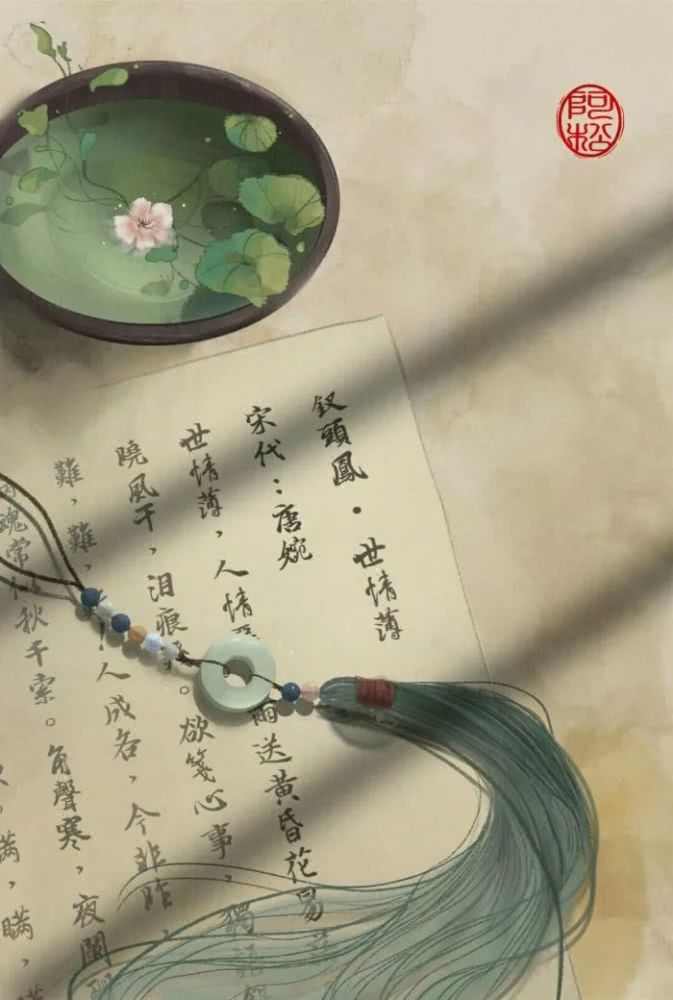
空劳纤手，解佩赠情人。